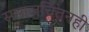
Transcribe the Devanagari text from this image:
समाजचिंतनही